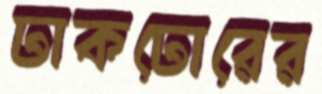
ঢাকঢোরের